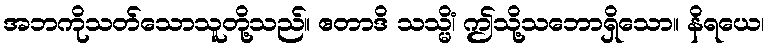
အဘကိုသတ်သောသူတို့သည်။ ဧတာဒိ သသ္မိံ၊ ဤသို့သဘောရှိသော။ နိရယေ၊